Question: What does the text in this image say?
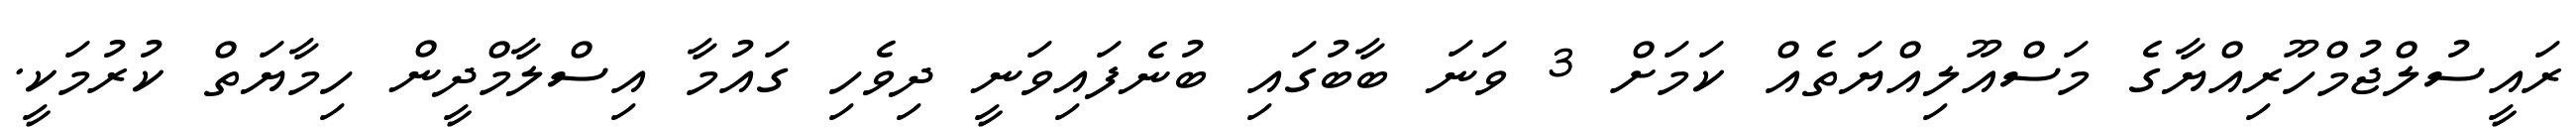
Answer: ރައީސުލްޖުމްހޫރިއްޔާގެ މަސްއޫލިއްޔަތެއް ކަމަށް 3 ވަނަ ބާބުގައި ބުނެފައިވަނީ ދިވެހި ގައުމާ އިސްލާމްދީން ހިމާޔަތް ކުރުމަކީ.